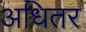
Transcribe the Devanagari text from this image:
अधितर